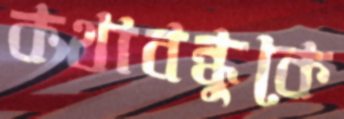
কথাবন্ধুকে